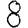
Digit: 8